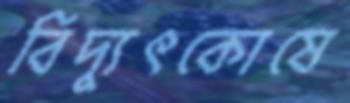
বিদ্যুৎকোষে